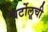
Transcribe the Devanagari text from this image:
बर्टोलूची